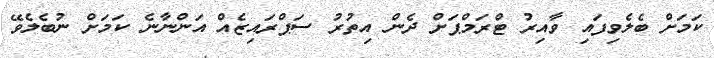
ކަމަށް ބެލެވިފައި ވާއިރު ޓްރަމްޕަށް ދެން އިތުރު ސަޕްރައިޒެއް އަންނާނެ ކަމަށް ނުބެލެވޭ